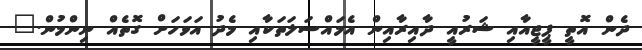
ދެން އޮތީ ޕީޖީއާއި ޝަރުއީ ދާއިރާއިން އެމައްސަލަތަކާއި މެދު އަވަހަށް ގޮތެއް ނިންމުން."